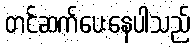
တင်ဆက်ပေးနေပါသည်